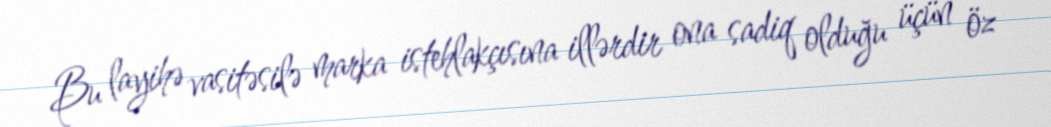
Bu layihə vasitəsilə marka istehlakçısına illərdir ona sadiq olduğu üçün öz